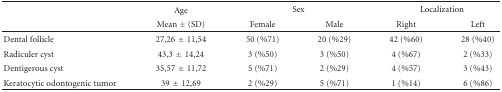
<table><thead><tr><td></td><td><b>Age</b></td><td colspan="2"><b>Sex</b></td><td colspan="2"><b>Localization</b></td></tr><tr><td></td><td><b>Mean ± (SD)</b></td><td><b>Female</b></td><td><b>Male</b></td><td><b>Right</b></td><td><b>Left</b></td></tr></thead><tbody><tr><td>Dental follicle</td><td>27,26±11,54</td><td>50 (%71)</td><td>20 (%29)</td><td>42 (%60)</td><td>28 (%40)</td></tr><tr><td>Radiculer cyst</td><td>43,3±14,24</td><td>3 (%50)</td><td>3 (%50)</td><td>4 (%67)</td><td>2 (%33)</td></tr><tr><td>Dentigerous cyst</td><td>35,57±11,72</td><td>5 (%71)</td><td>2 (%29)</td><td>4 (%57)</td><td>3 (%43)</td></tr><tr><td>Keratocytic odontogenic tumor</td><td>39±12,69</td><td>2 (%29)</td><td>5 (%71)</td><td>1 (%14)</td><td>6 (%86)</td></tr></tbody></table>